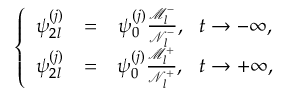
\begin{array} { r } { \left\{ \begin{array} { c c c } { \psi _ { 2 l } ^ { ( j ) } } & { = } & { \psi _ { 0 } ^ { ( j ) } \frac { \mathcal { M } _ { l } ^ { - } } { \mathcal { N } _ { l } ^ { - } } , ~ ~ t \rightarrow - \infty , } \\ { \psi _ { 2 l } ^ { ( j ) } } & { = } & { \psi _ { 0 } ^ { ( j ) } \frac { \mathcal { M } _ { l } ^ { + } } { \mathcal { N } _ { l } ^ { + } } , ~ ~ t \rightarrow + \infty , } \end{array} \right. } \end{array}